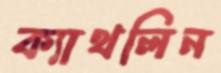
ক্যাথলিন